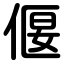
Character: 偃